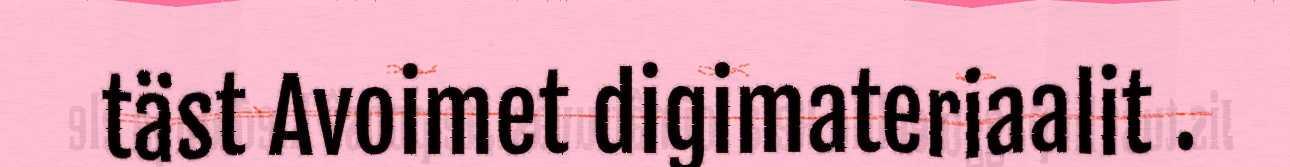
täst Avoimet digimateriaalit .